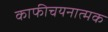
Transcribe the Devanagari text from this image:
काफीचयनात्मक